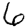
Digit: 6